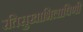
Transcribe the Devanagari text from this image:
रतिसुखाभिलाषिणी